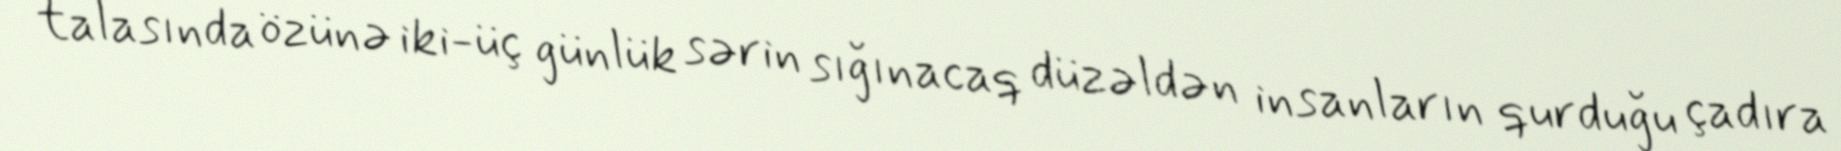
talasında özünə iki-üç günlük sərin sığınacaq düzəldən insanların qurduğu çadıra